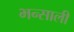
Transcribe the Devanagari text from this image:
भन्साली